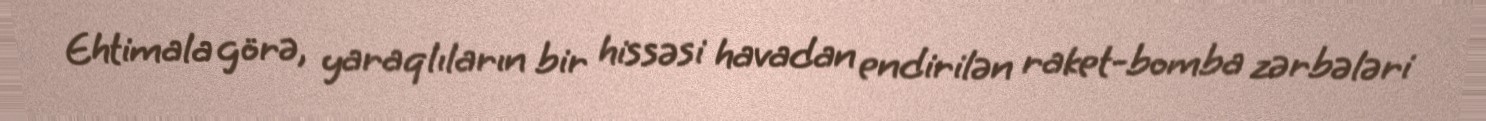
Ehtimala görə, yaraqlıların bir hissəsi havadan endirilən raket-bomba zərbələri